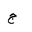
Letter: _gim